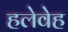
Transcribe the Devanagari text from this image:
हलेवेह